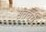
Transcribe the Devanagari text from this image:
संतवर्य